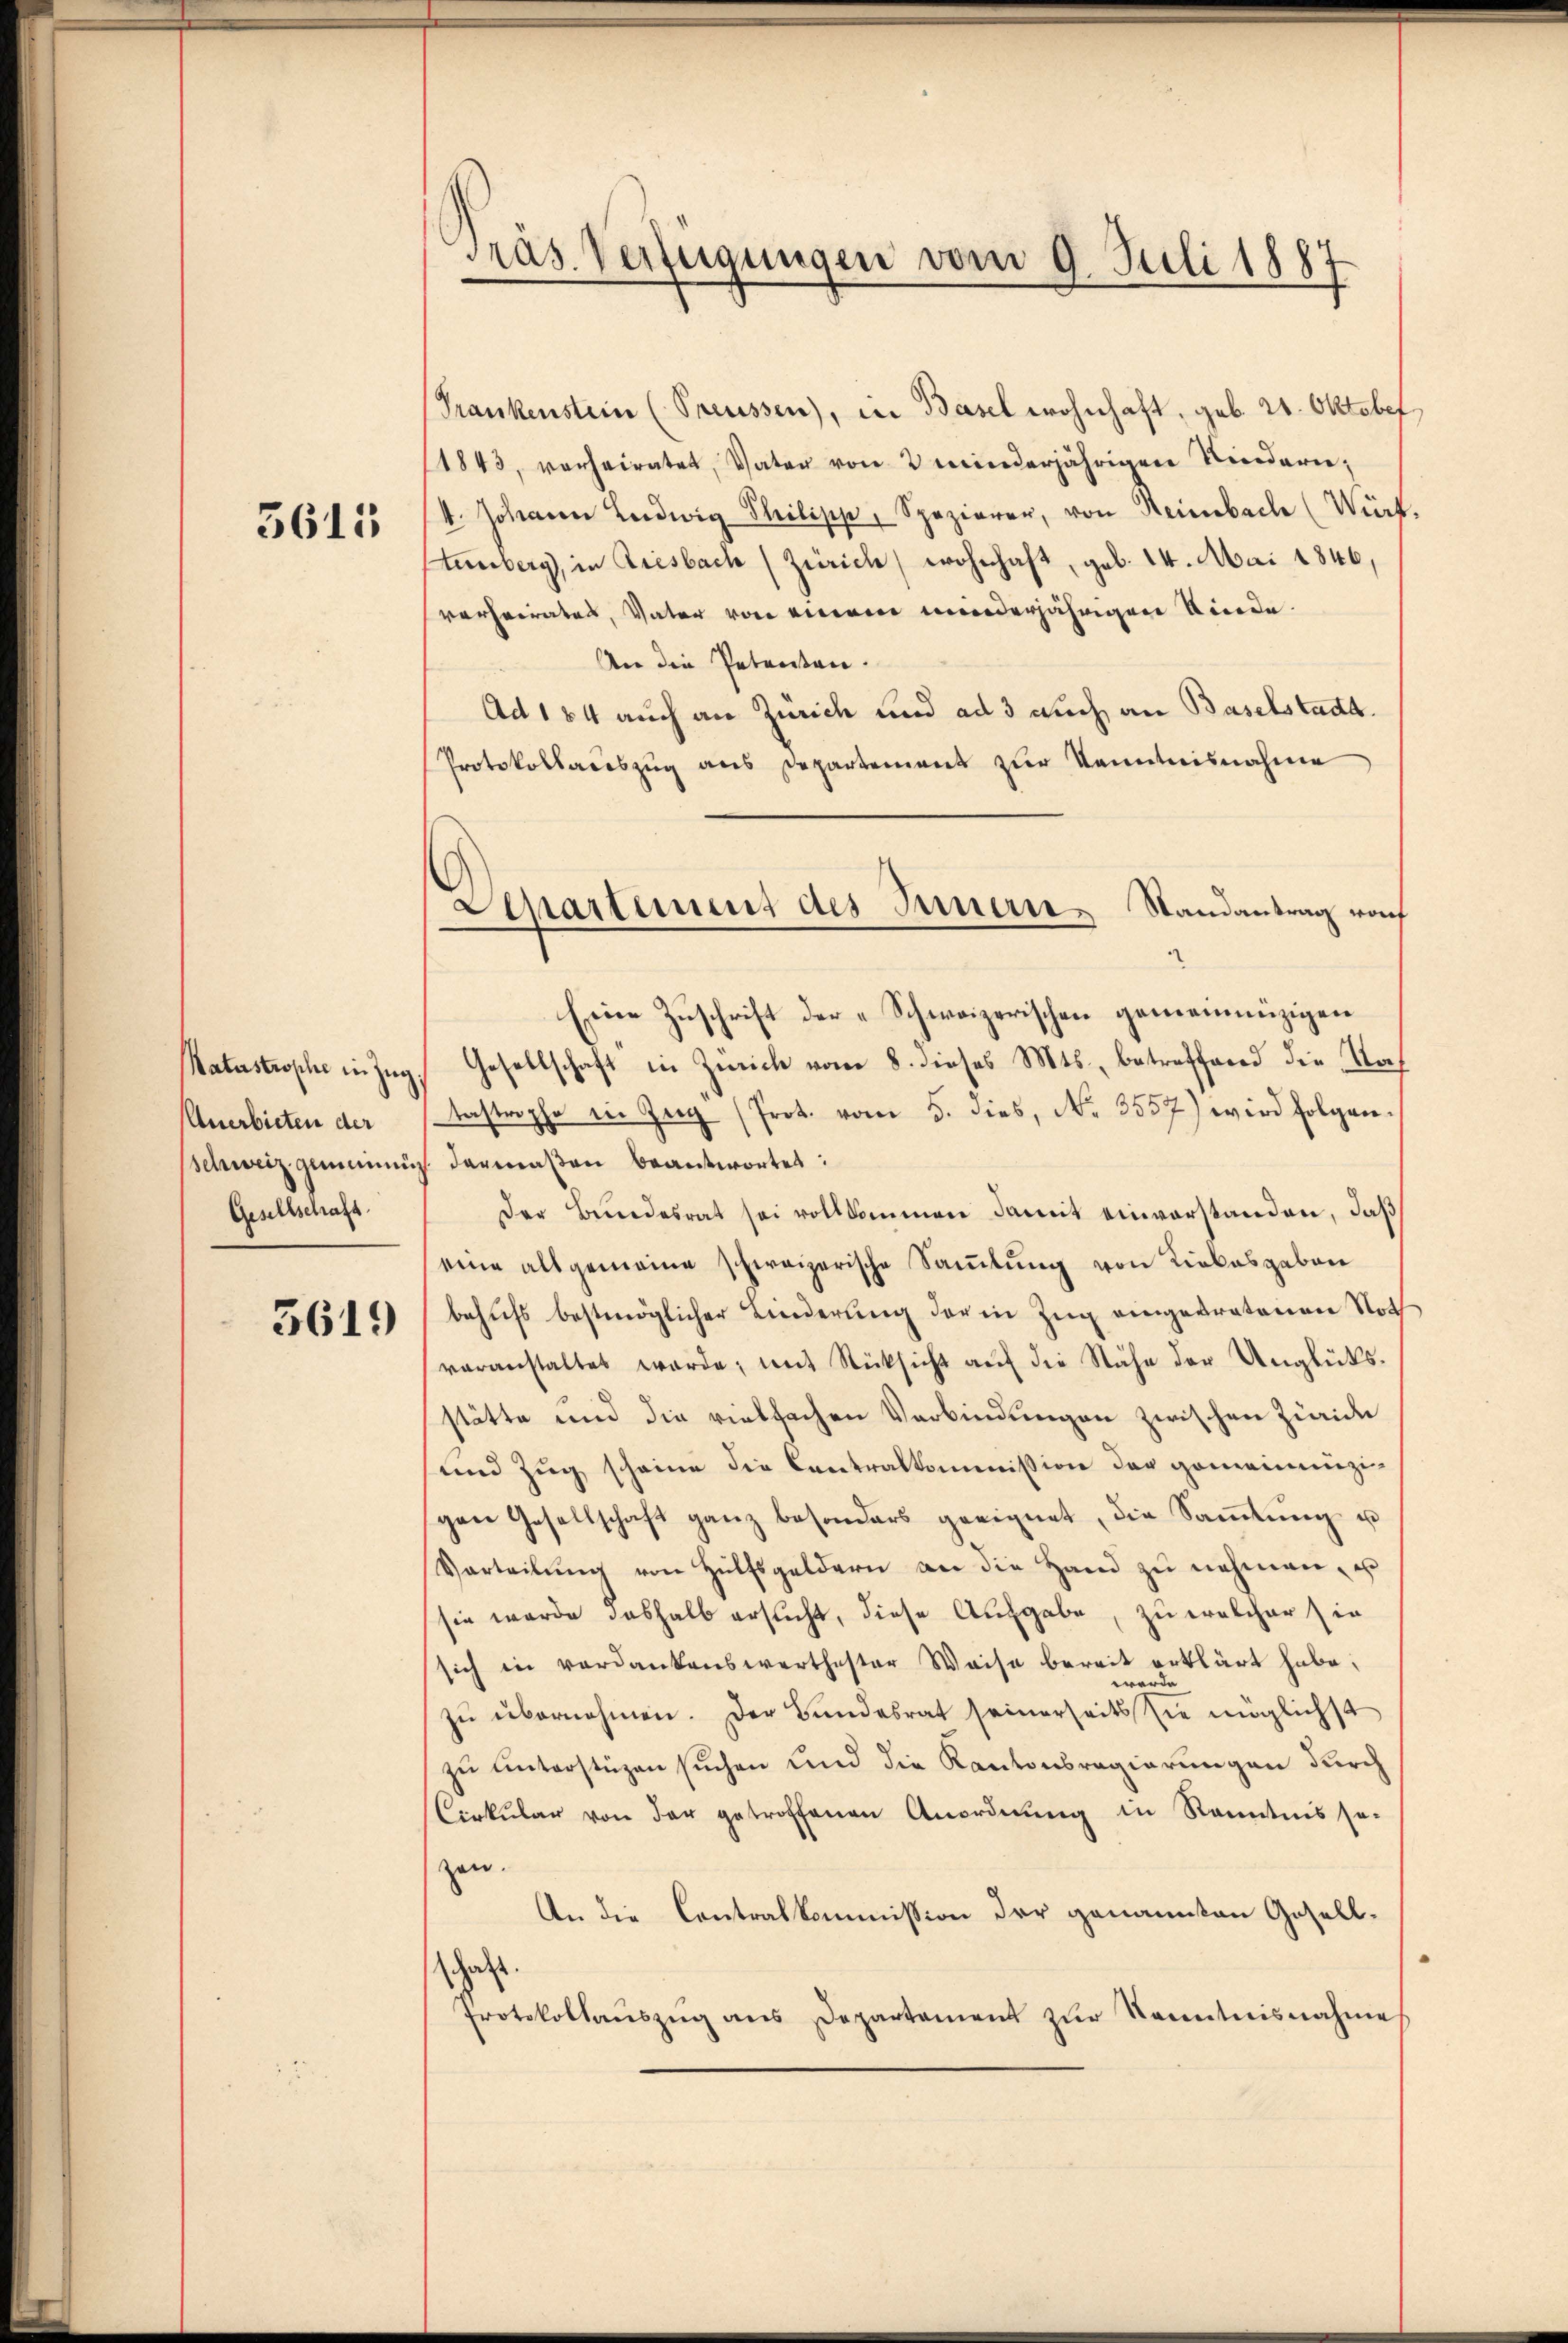
3611

Ratastrophe in Zug,
Anerbieten der
Schweiz gemeinni
Gesellschaft

3619

Pras. Verfügungen vom 9. Juli 1887

Separtement des Innern Randantrag rof

Frankenstein (Preussen), in Basel wohnhaft, geb. 21. Oktober
1843, verheiratet, Vater von 2 minderjährigen Niedern,
4. Johann Ludwig Philipp, Spazierer, von Heimbach (Wirt.
tenberg, in Riesbach (Zürich wohnhaft, geb. 14. Mai 1846,
verheirates, Vater von einem minderjährigen Kinde.
An die Petenten.
Ad 184 auch an Zürich und ad 3 auch an Baselstadt.
Protokollaceszug aus Departement zur Kenntnisnahme
Eine Zuschrift der „Schweizerischen gemeinnüzigen
Gesellschaft in Zürich vom 8. dieses Mts., betreffend die Nach
tastrophe in Zug (Prot. vom 5. dies, No. 3557) wird folgendermaßen beantwortet:
Der Bundesrat sei vollkommen damit einverstanden, daß
eine allgemeine schweizerische Sammlung von Liebesgaben
behufs bestmöglicher Linderung der in Zug eingekratenen Noth
voranstaltet werde; mit Rücksicht auf die Nähe der Unglüksstätte und die vielfachen Verbindungen zwischen Züric
und Zug scheine die Centralkommission der gemeinenzigen Gesellschaft ganz besonders geeignet, die Saṁlŭng u
Verteilŭng von Hülfsgeldern an die Hand zŭ nehmen, u
sie wurde deshalb ersucht, diese Aufgabe, zu welcher sin
sich in verdankenswerthester Weise bereit erklärt habe;
werde
zŭ übernehmen. Der Bundesrat seinerseits sie möglichst
zu unterstüzen suchen und die Kantonsregierungen durch
Cirkŭlar von der getroffenen Anordnŭng in Kenntnis so-
zen.
An die Contralkommission der genannten Gesell-
schaft.
Protokollaŭszŭg ans Departament zŭr Kenntnisnahme